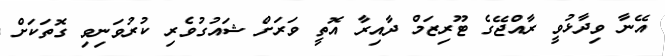
އޭނާ ވިދާޅުވީ ރާއްޖޭގެ ޓޫރިޒަމް ދާއިރާ އޮތީ ވަރަށް ޝައުގުވެރި ކުރުވަނިވި ގޮތަކަށް